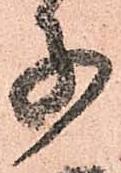
子